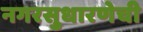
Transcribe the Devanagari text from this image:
नगरसुधारणेची